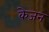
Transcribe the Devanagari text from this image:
केजन